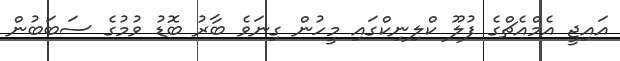
އައިޖީ އެމްއެޗްގެ ފުލޫ ކްލިނިކްގައި މީހުން ގިނަވެ ބާރު ބޮޑު ވުމުގެ ސަބަބުން